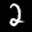
Label: 2